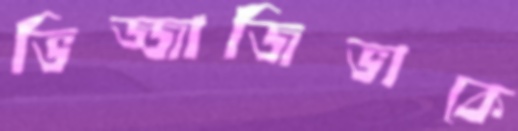
ভিজ্জাজিভাকে